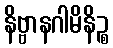
နိဗ္ဗာနဂါမိနိဉ္စ